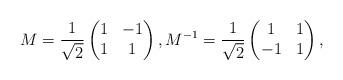
LaTeX: \begin{align*}M = \frac{1}{\sqrt{2}}\begin{pmatrix} 1 & -1 \\ 1 & 1 \end{pmatrix}, M^{-1} = \frac{1}{\sqrt{2}} \begin{pmatrix} 1 & 1 \\ -1 & 1 \end{pmatrix},\end{align*}